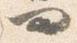
問